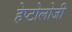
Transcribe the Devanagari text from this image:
हेप्टोलोजी